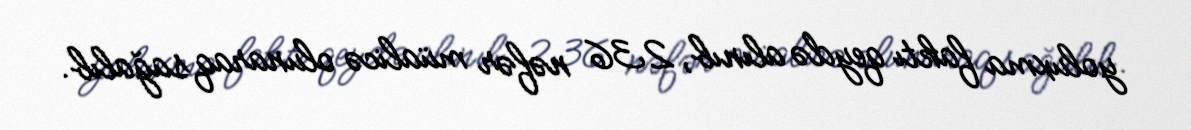
yoluxma faktı qeydə alınıb, 236 nəfər müalicə olunaraq sağalıb.